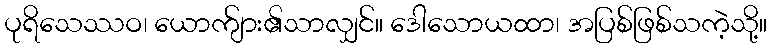
ပုရိသေဿဝ၊ ယောက်ျား၏သာလျှင်။ ဒေါသောယထာ၊ အပြစ်ဖြစ်သကဲ့သို့။